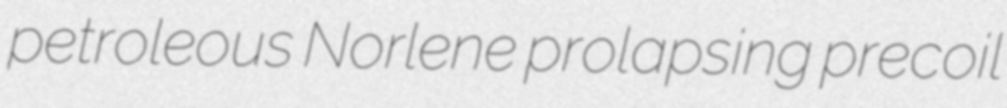
petroleous Norlene prolapsing precoil